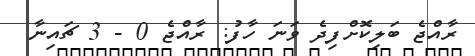
ރާއްޖެ ބަލިކޮށްފިދެ ވަނަ ހާފު: ރާއްޖެ 0 - 3 ޗައިނާ